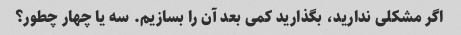
اگر مشکلی ندارید، بگذارید کمی بعد آن را بسازیم. سه یا چهار چطور؟